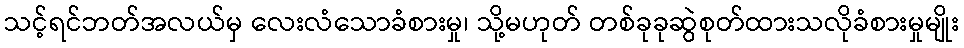
သင့်ရင်ဘတ်အလယ်မှ လေးလံသောခံစားမှု၊ သို့မဟုတ် တစ်ခုခုဆွဲစုတ်ထားသလိုခံစားမှုမျိုး